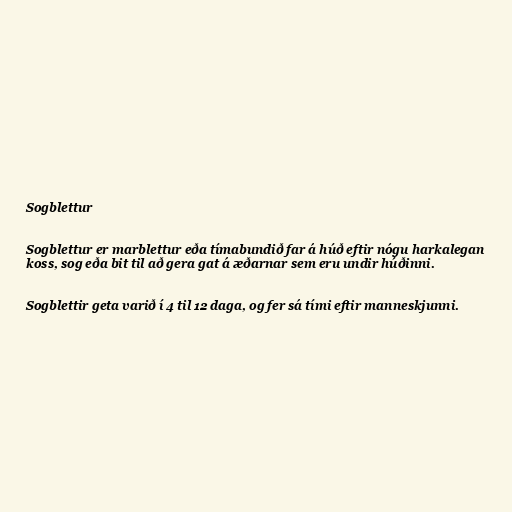
Sogblettur

Sogblettur er marblettur eða tímabundið far á húð eftir nógu harkalegan
koss, sog eða bit til að gera gat á æðarnar sem eru undir húðinni.

Sogblettir geta varið í 4 til 12 daga, og fer sá tími eftir manneskjunni.